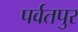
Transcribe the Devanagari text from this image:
पर्वतपुर